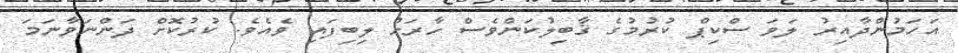
އަހަމުންދާއިރު ލަވަ ސްކިޕް ކުރުމުގެ ޤާބިލުކަންވެސް ހާރަށް ލިބިފައި ވެއެވެ. ކުރުކޮށް ދަންނަވާނަމަ